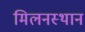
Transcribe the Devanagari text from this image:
मिलनस्थान